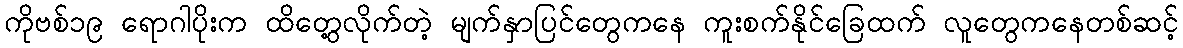
ကိုဗစ်၁၉ ရောဂါပိုးက ထိတွေ့လိုက်တဲ့ မျက်နှာပြင်တွေကနေ ကူးစက်နိုင်ခြေထက် လူတွေကနေတစ်ဆင့်